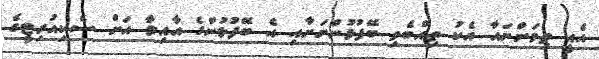
އެއީ ތިމަންނައާ އެކު ތިއްބެވި ބޭފުޅުންނަށާއި އެ ބޭފުޅުންގެ އާއިލާ އަށް ސެކިއުރިޓީގެ